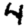
Digit: 4